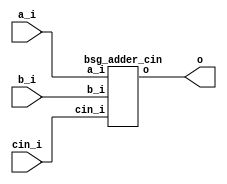


module top
(
  a_i,
  b_i,
  cin_i,
  o
);

  input [15:0] a_i;
  input [15:0] b_i;
  output [15:0] o;
  input cin_i;

  bsg_adder_cin
  wrapper
  (
    .a_i(a_i),
    .b_i(b_i),
    .o(o),
    .cin_i(cin_i)
  );


endmodule



module bsg_adder_cin
(
  a_i,
  b_i,
  cin_i,
  o
);

  input [15:0] a_i;
  input [15:0] b_i;
  output [15:0] o;
  input cin_i;
  wire [15:0] o;
  wire N0,N1,N2,N3,N4,N5,N6,N7,N8,N9,N10,N11,N12,N13,N14,N15;
  assign { N15, N14, N13, N12, N11, N10, N9, N8, N7, N6, N5, N4, N3, N2, N1, N0 } = a_i + b_i;
  assign o = { N15, N14, N13, N12, N11, N10, N9, N8, N7, N6, N5, N4, N3, N2, N1, N0 } + cin_i;

endmodule